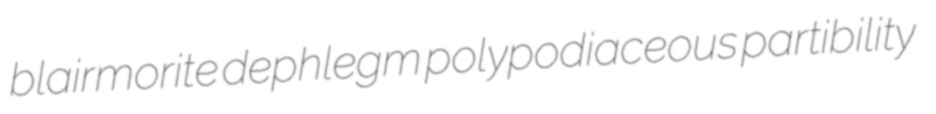
blairmorite dephlegm polypodiaceous partibility